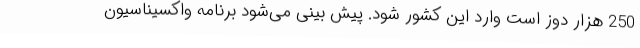
250 هزار دوز است وارد این کشور شود. پیش بینی می‌شود برنامه واکسیناسیون